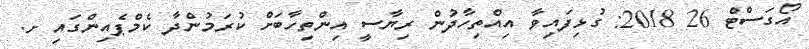
އޯގަސްޓް 26 2018: ގުޅިފައިވާ އިއްތިހާދުން ރިޔާސީ އިންތިހާބަށް ކުރަމުންދާާ ކެމްޕެއިންގައި ށ.